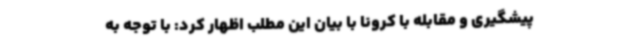
پیشگیری و مقابله با کرونا با بیان این مطلب اظهار کرد: با توجه به